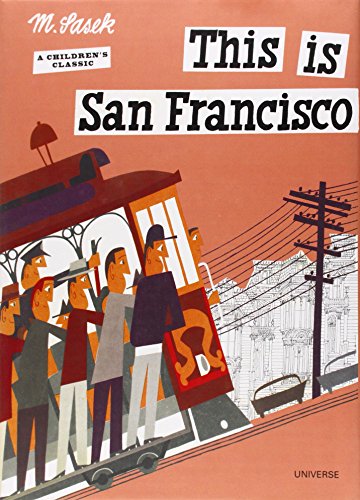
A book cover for This is San Francisco [A Children's Classic]; Miroslav Sasek; Children's Books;